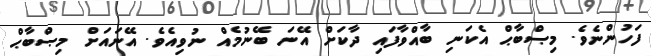
ފަހުންނެވެ. މިޞްބާޙް އެކަނި ބާއްވާފައި ދާކަށް އޭނަ ބޭނުމެއް ނުވިއެވެ. އޭނައަށް މިޞްބާޙް